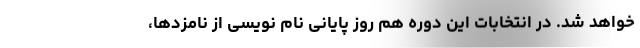
خواهد شد. در انتخابات این دوره هم روز پایانی نام نویسی از نامزدها،